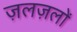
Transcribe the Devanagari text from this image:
ज़लज़लों